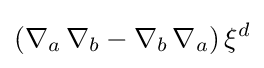
(\nabla _{a}\,\nabla _{b}-\nabla _{b}\,\nabla _{a})\,\mathbf {\xi } ^{d}